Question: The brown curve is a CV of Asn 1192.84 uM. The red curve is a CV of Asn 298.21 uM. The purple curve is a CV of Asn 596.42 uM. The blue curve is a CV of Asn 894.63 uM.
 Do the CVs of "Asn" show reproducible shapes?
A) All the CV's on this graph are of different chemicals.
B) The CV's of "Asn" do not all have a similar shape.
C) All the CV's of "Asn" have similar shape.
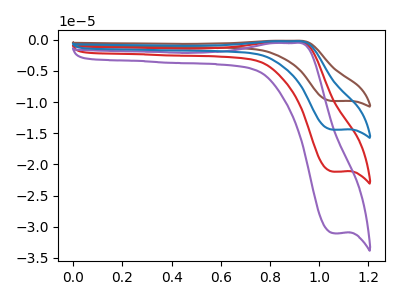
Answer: <think>The brown curve "Asn 1192.84 uM" has an anodic peak at (0.90V, -1.10uA) and a cathodic peak at (1.05V, -63.55uA). The red curve "Asn 298.21 uM" has an anodic peak at (0.90V, -0.35uA) and a cathodic peak at (1.05V, -21.20uA). The purple curve "Asn 596.42 uM" has an anodic peak at (0.90V, -0.55uA) and a cathodic peak at (1.05V, -31.05uA). The blue curve "Asn 894.63 uM" has an anodic peak at (0.90V, -0.70uA) and a cathodic peak at (1.05V, -42.35uA).
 All the peaks in "Asn 1192.84 uM" have a peak in "Asn 298.21 uM" at the same potential. All the peaks in "Asn 1192.84 uM" have a peak in "Asn 596.42 uM" at the same potential. All the peaks in "Asn 1192.84 uM" have a peak in "Asn 894.63 uM" at the same potential. All the peaks in "Asn 298.21 uM" have a peak in "Asn 596.42 uM" at the same potential. All the peaks in "Asn 298.21 uM" have a peak in "Asn 894.63 uM" at the same potential. All the peaks in "Asn 596.42 uM" have a peak in "Asn 894.63 uM" at the same potential.</think>
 <answer>C) All the CV's of "Asn" have similar shape.</answer>
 <eval>C</eval>